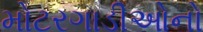
મોટરગાડીઓનો